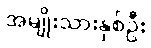
အမျိုးသားနှစ်ဦး